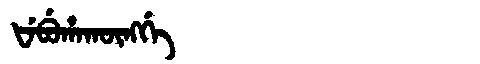
Manchu: ᡶᡝᠪᡠᡥᠠᡴᡡᠩᡤᡝ
Romanization: FEBUHAKŪNGGE